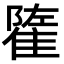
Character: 𨿭